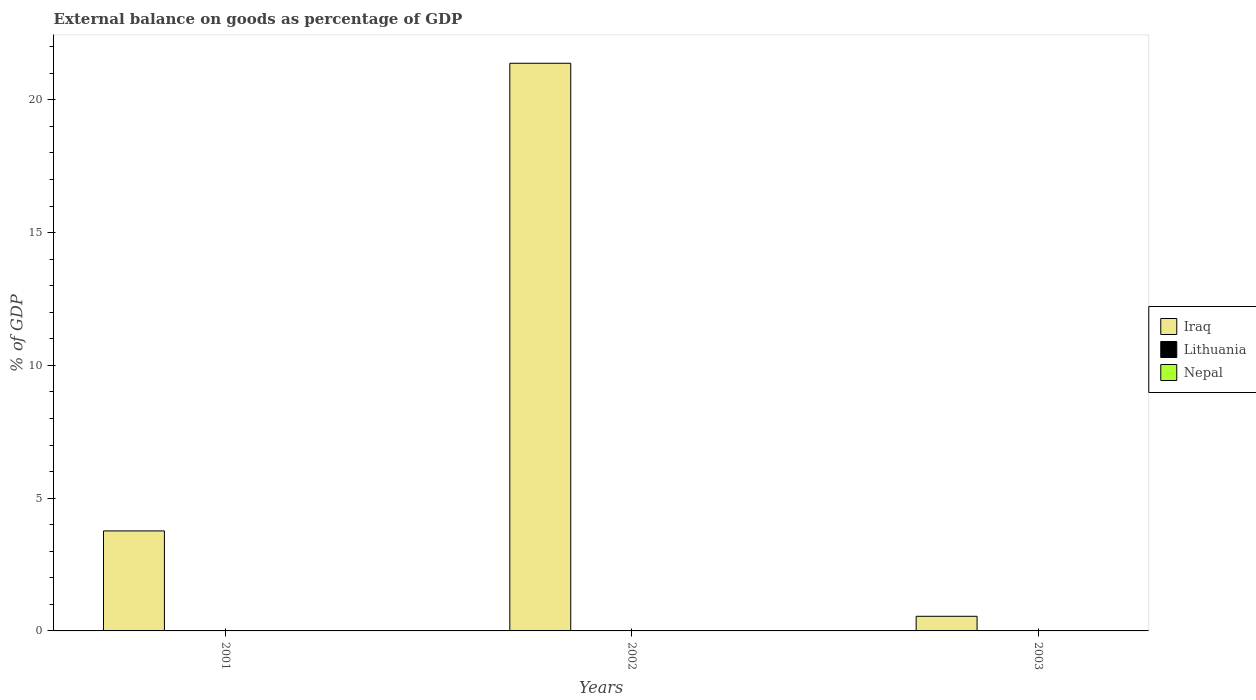
| Years | Iraq | Lithuania | Nepal |
 | --- | --- | --- | --- |
 | 2001 | 3.77 | -5.46 | -10.7 |
 | 2002 | 21.4 | -5.68 | -10.8 |
 | 2003 | 0.551 | -5.79 | -12.8 |